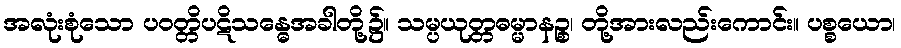
အလုံးစုံသော ပဝတ္တိပဋိသန္ဓေအခါတို့၌။ သမ္ပယုတ္တဓမ္မာနဉ္စ၊ တို့အားလည်းကောင်း။ ပစ္စယော၊